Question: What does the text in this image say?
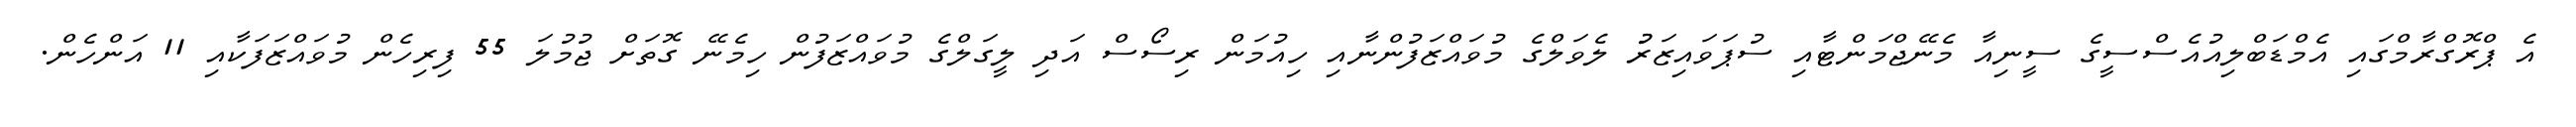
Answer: އެ ޕްރޮގްރާމްގައި އެމްޑަބްލިއުއެސްސީގެ ސީނިއާ މެނޭޖްމަންޓާއި ސުޕަވައިޒަރުު ލެވަލްގެ މުވައްޒަފުންނާއި ހިއުމަން ރިސޯސް އަދި ލީގަލްގެ މުވައްޒަފުން ހިމެނޭ ގޮތަށް ޖުމުލަ 55 ފިރިހެން މުވައްޒަފަކާއި 11 އަންހެން.